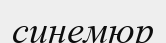
синемюр